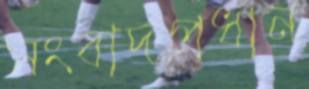
সংবাদপ্রধান